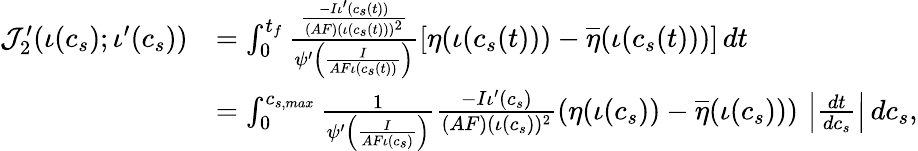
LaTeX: \begin{array}{rl}{\mathcal{J}_{2}^{\prime}(\iota(c_{s});\iota^{\prime}(c_{s}))}&{=\int_{0}^{t_{f}}\frac{\frac{-I\iota^{\prime}(c_{s}(t))}{(AF)(\iota(c_{s}(t)))^{2}}}{\psi^{\prime}\left(\frac{I}{AF\iota(c_{s}(t))}\right)}\left[\eta(\iota(c_{s}(t)))-\overline{{\eta}}(\iota(c_{s}(t)))\right]\, dt}\\ &{=\int_{0}^{c_{s,max}}\frac{1}{\psi^{\prime}\left(\frac{I}{AF\iota(c_{s})}\right)}\frac{-I\iota^{\prime}(c_{s})}{(AF)(\iota(c_{s}))^{2}}\left(\eta(\iota(c_{s}))-\overline{{\eta}}(\iota(c_{s}))\right)\, \left|\frac{dt}{dc_{s}}\right|\, dc_{s},}\end{array}